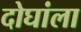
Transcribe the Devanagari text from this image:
दोघांला